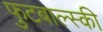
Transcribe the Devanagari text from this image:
फुटबाल्स्की